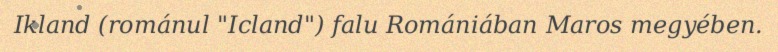
Ikland (románul "Icland") falu Romániában Maros megyében.